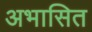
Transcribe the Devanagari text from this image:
अभासित